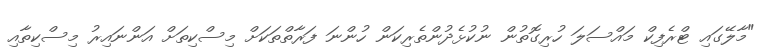
"މާލޭގައި ޓްރެފިކް މައްސަލަ ހުރިގޮތުން ނުކުޅެދުންތެރިކަން ހުންނަ ފަރާތްތަކަށް މިސްކިތަށް އަންނައިރު މިސްކިތާއި